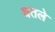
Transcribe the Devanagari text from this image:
घतले